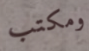
ومكتب